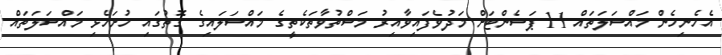
އެހެނިހެން މައްސަލަތައް 11 ޕަސެންޓަށް މަދުވެފައިވާއިރު މަސްތުވާތަކެތީގެ މައްސަލައިގެ ގޮތުގައި ހުށަހެޅި މައްސަލަތައް